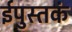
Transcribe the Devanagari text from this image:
ईपुस्तकं